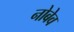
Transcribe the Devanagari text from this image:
नोबेव